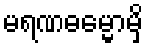
မရဏဓမ္မောမှိ